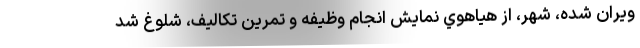
ويران شده، شهر، از هياهوي نمايش انجام وظيفه و تمرين تكاليف، شلوغ شد